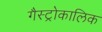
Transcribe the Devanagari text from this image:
गैस्ट्रोकालिक